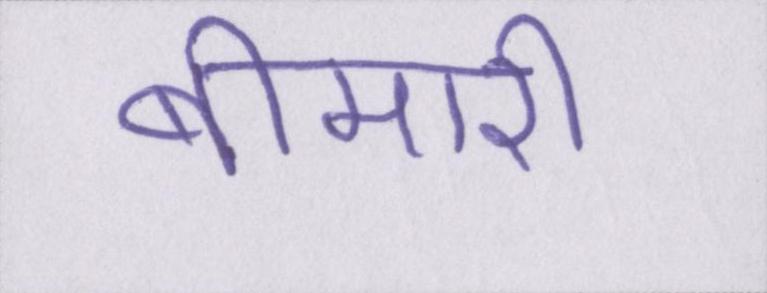
बीमारी